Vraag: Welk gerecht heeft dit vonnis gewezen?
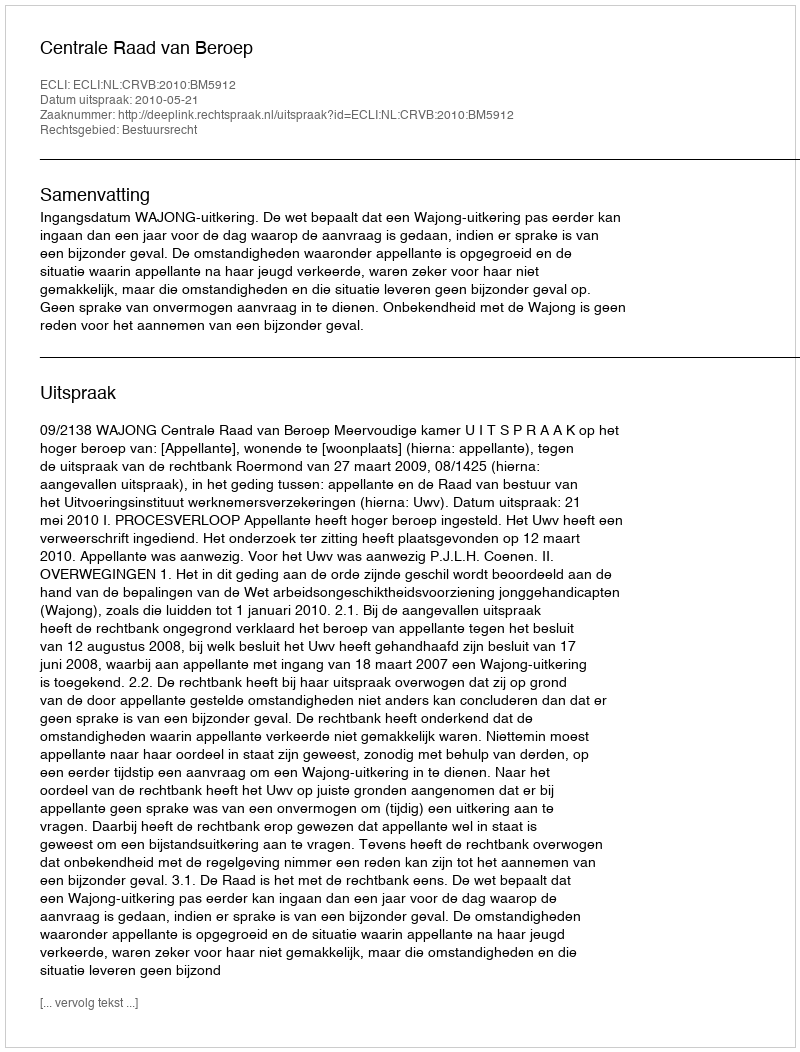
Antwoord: Centrale Raad van Beroep